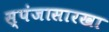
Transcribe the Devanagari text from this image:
स्पंजासारखा